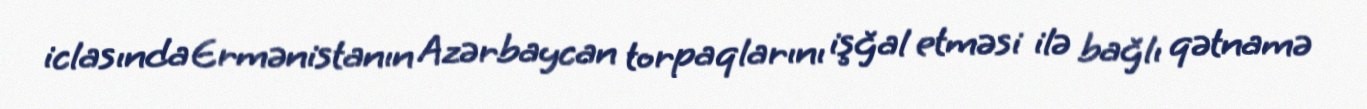
iclasında Ermənistanın Azərbaycan torpaqlarını işğal etməsi ilə bağlı qətnamə